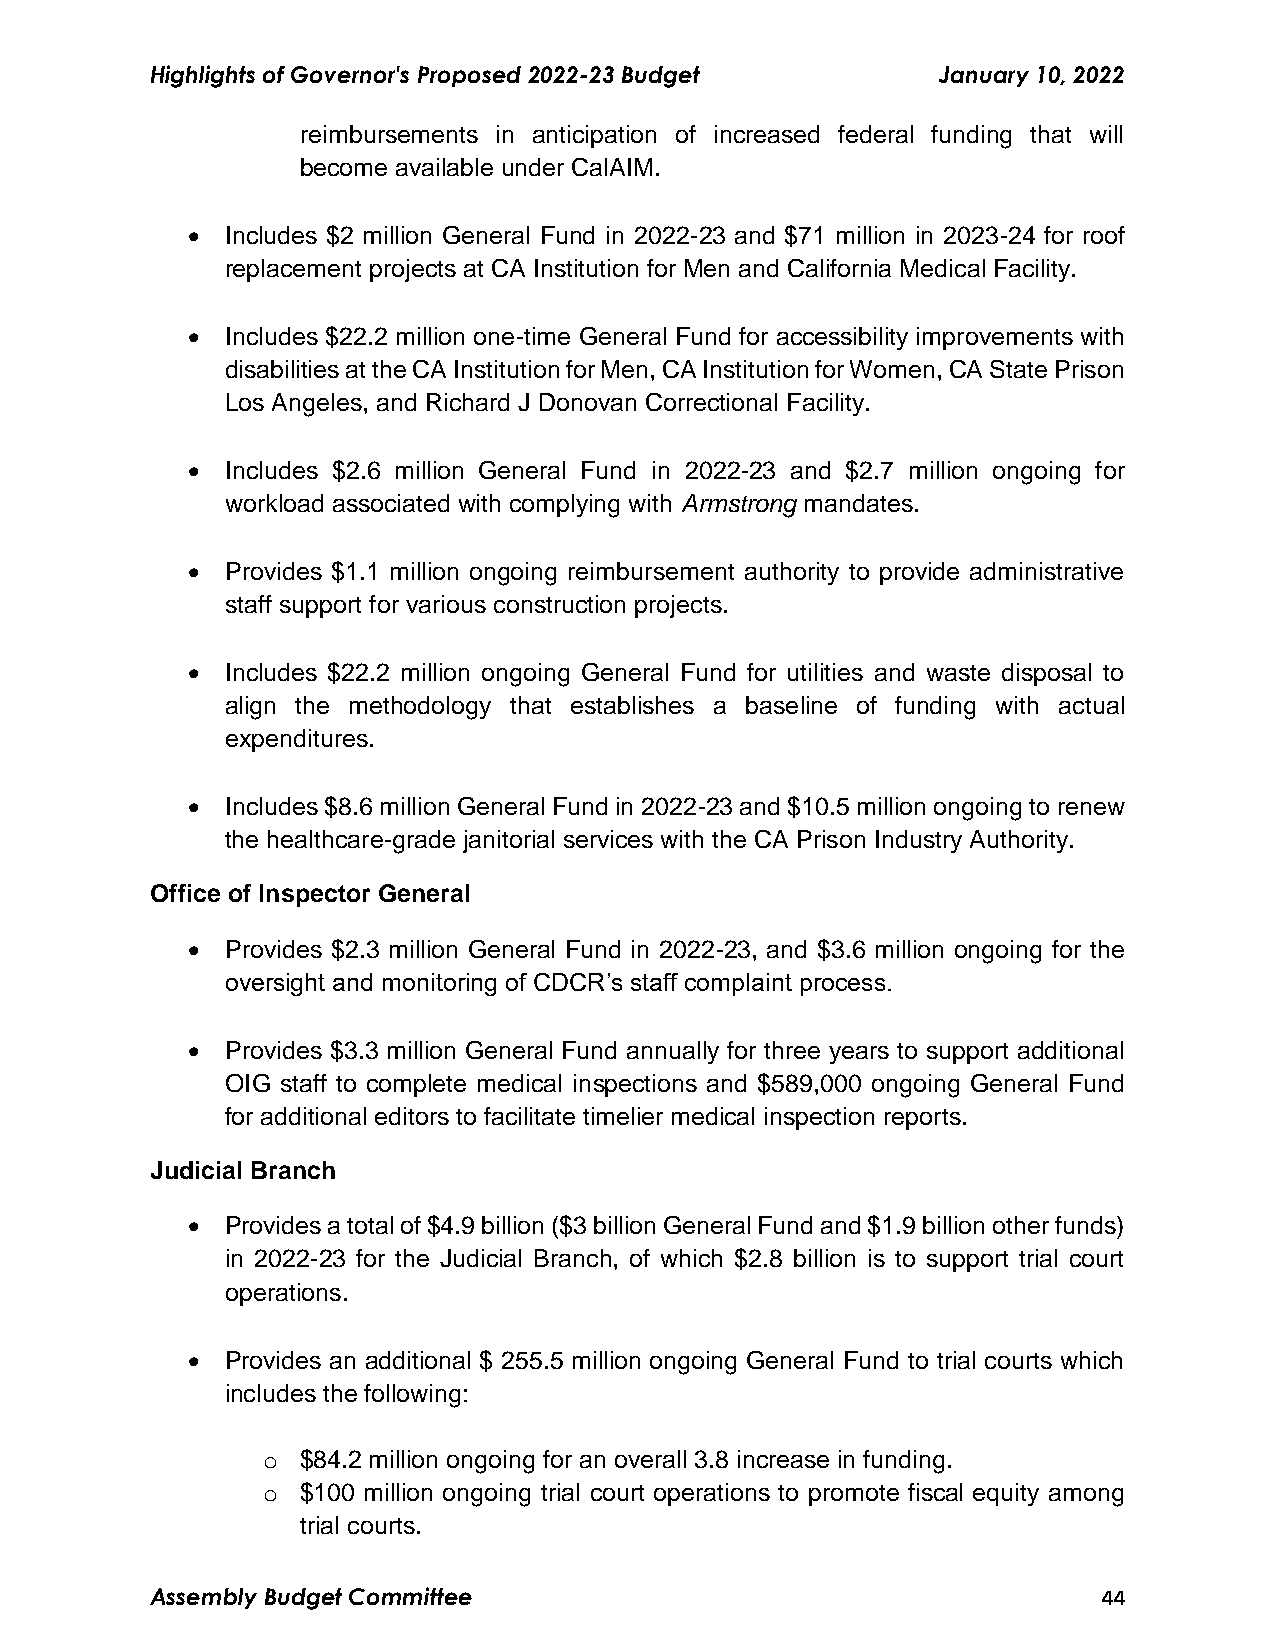
Highlights of Governor's Proposed 2022-23 Budget    January 10, 2022
 reimbursements in anticipation of increased federal funding that will
 become available under CalAIM.
   Includes $2 million General Fund in 2022-23 and $71 million in 2023-24 for roof
 replacement projects at CA Institution for Men and California Medical Facility.
   Includes $22.2 million one-time General Fund for accessibility improvements with
 disabilities at the CA Institution for Men, CA Institution for Women, CA State Prison
 Los Angeles, and Richard J Donovan Correctional Facility.
   Includes $2.6 million General Fund in 2022-23 and $2.7 million ongoing for
 workload associated with complying with Armstrong mandates.
   Provides $1.1 million ongoing reimbursement authority to provide administrative
 staff support for various construction projects.
   Includes $22.2 million ongoing General Fund for utilities and waste disposal to
 align the methodology that establishes a baseline of funding with actual
 expenditures.
   Includes $8.6 million General Fund in 2022-23 and $10.5 million ongoing to renew
 the healthcare-grade janitorial services with the CA Prison Industry Authority.
 Office of Inspector General
   Provides $2.3 million General Fund in 2022-23, and $3.6 million ongoing for the
 oversight and monitoring of CDCR’s staff complaint process.
   Provides $3.3 million General Fund annually for three years to support additional
 OIG staff to complete medical inspections and $589,000 ongoing General Fund
 for additional editors to facilitate timelier medical inspection reports.
 Judicial Branch
   Provides a total of $4.9 billion ($3 billion General Fund and $1.9 billion other funds)
 in 2022-23 for the Judicial Branch, of which $2.8 billion is to support trial court
 operations.
   Provides an additional $ 255.5 million ongoing General Fund to trial courts which
 includes the following:
 o  $84.2 million ongoing for an overall 3.8 increase in funding.
 o  $100 million ongoing trial court operations to promote fiscal equity among
 trial courts.
 Assembly Budget Committee                                      44